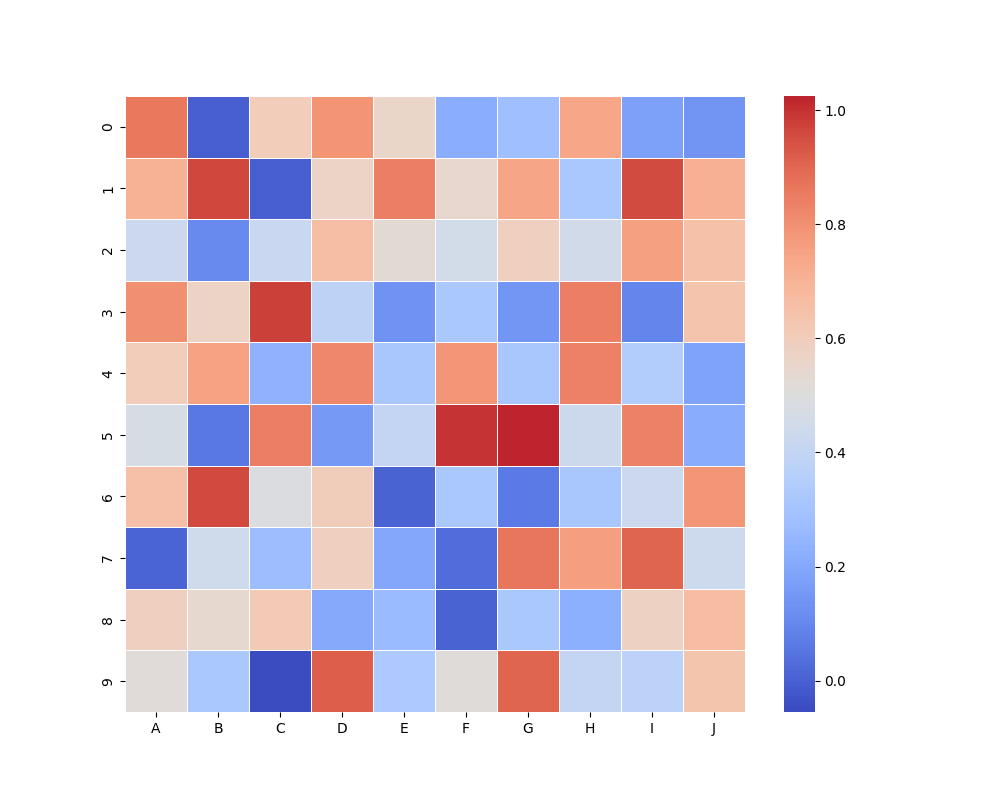
python, seaborn, heatmap, cmap='coolwarm', linewidths=0.5, center=0.5